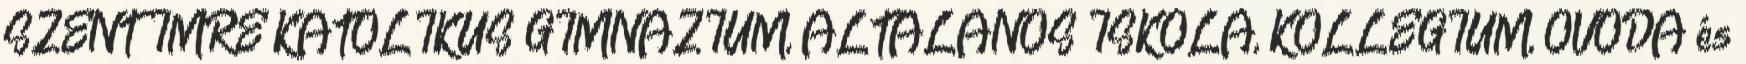
SZENT IMRE KATOLIKUS GIMNÁZIUM, ÁLTALÁNOS ISKOLA, KOLLÉGIUM, ÓVODA és